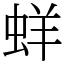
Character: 蛘